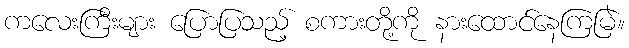
ကလေးကြီးများ ပြောပြသည့် စကားတို့ကို နားထောင်နေကြမြဲ။